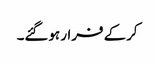
کرکے فرار ہوگئے۔